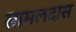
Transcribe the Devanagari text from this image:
सामलदास